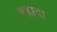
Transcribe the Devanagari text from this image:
बड़ावा